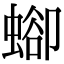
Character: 𧍕